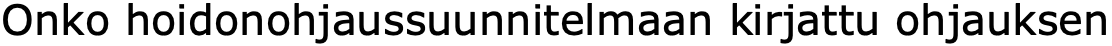
Onko hoidonohjaussuunnitelmaan kirjattu ohjauksen